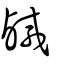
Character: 鹹